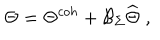
LaTeX: \Theta = \Theta ^ { c o h } + \mathcal { B } _ { \Sigma } \widehat { \Theta } \; ,